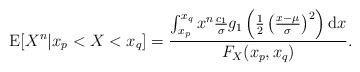
LaTeX: \begin{align*} \mathrm{E}[X^{n}|x_{p}<X<x_{q}]=\frac{\int_{x_{p}}^{x_{q}}x^{n}\frac{c_{1}}{\sigma}g_{1}\left(\frac{1}{2}\left(\frac{x-\mu}{\sigma}\right)^{2}\right)\mathrm{d}x}{F_{X}(x_{p},x_{q})}.\end{align*}